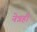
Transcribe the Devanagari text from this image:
नेत्रही